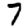
Digit: 7